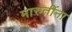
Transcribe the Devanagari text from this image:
मारुतींना